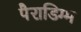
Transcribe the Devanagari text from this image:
पैराडिग्म